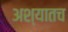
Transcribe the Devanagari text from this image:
अश्यातच